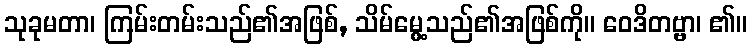
သုခုမတာ၊ ကြမ်းတမ်းသည်၏အဖြစ်, သိမ်မွေ့သည်၏အဖြစ်ကို။ ဝေဒိတဗ္ဗာ၊ ၏။